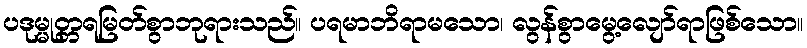
ပဒုမ္မုတ္တရမြတ်စွာဘုရားသည်။ ပရမာဘိရာမသော၊ လွန်စွာမွေ့လျော်ရာဖြစ်သော။